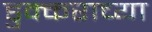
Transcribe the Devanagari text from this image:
डुक्कराच्या